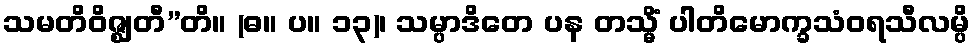
သမတိဝိဇ္ဈတီ”တိ။ (ဓ။ ပ။ ၁၃)၊ သမ္ပာဒိတေ ပန တသ္မိံ ပါတိမောက္ခသံဝရသီလမ္ပိ